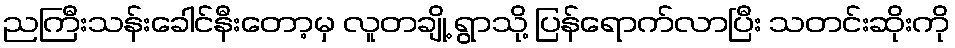
ညကြီးသန်းခေါင်နီးတော့မှ လူတချို့ ရွာသို့ ပြန်ရောက်လာပြီး သတင်းဆိုးကို